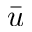
\bar { u }